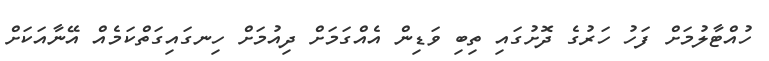
ހުއްޓާލުމަށް ފަހު ހަރުގެ ދޮށުގައި ތިބި ވަޑިން އެއްގަމަށް ދިއުމަށް ހިނގައިގަތްކަމެއް އޭނާއަކަށް